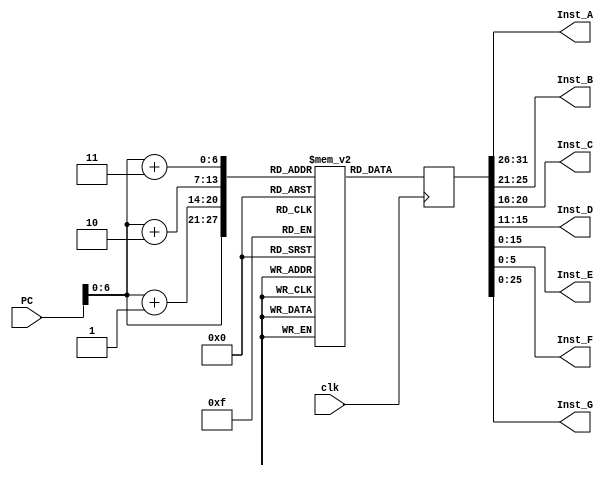
`timescale 1 ns / 1 ps 
  
module Instruction_memory (clk, PC, Inst_A, Inst_B, Inst_C, Inst_D, Inst_E, Inst_F, Inst_G);	 
	 
input clk; 
input[31:0] PC;		  
 
output[5:0] Inst_A; 
output[4:0] Inst_B, Inst_C, Inst_D; 
output[15:0] Inst_E; 
output[5:0] Inst_F; 
output [25:0] Inst_G; 
 
 
 
reg [7:0] Inst_Mem[0:100];			 
 
initial begin 		   
	 
	Inst_Mem[0]=8'b10001100;  			   // lw $5, 0($1) 
	Inst_Mem[1]=8'b00100101; 
	Inst_Mem[2]=8'b0; 
	Inst_Mem[3]=8'b0; 
	 
	Inst_Mem[4]=8'b10001100;			 	// lw $6, 4($1) 
	Inst_Mem[5]=8'b00100110; 
	Inst_Mem[6]=8'b0; 
	Inst_Mem[7]=8'b00000100;	    
	 
	Inst_Mem[8]=8'b10001100;				// lw $7, 0($3) 
	Inst_Mem[9]=8'b01100111; 
	Inst_Mem[10]=8'b0; 
	Inst_Mem[11]=8'b0; 
	 
	Inst_Mem[12]=8'b10001100;              	// lw $8, 4($3) 
	Inst_Mem[13]=8'b01101000; 
	Inst_Mem[14]=8'b0; 
	Inst_Mem[15]=8'b00000100; 
	 
	Inst_Mem[16]=8'b0;							 // add $9, $5, $6 
	Inst_Mem[17]=8'b10100110; 
	Inst_Mem[18]=8'b01001000; 
	Inst_Mem[19]=8'b00100000; 
	 
	Inst_Mem[20]=8'b00000001;				// sub $10, $8, $7 
	Inst_Mem[21]=8'b00000111; 
	Inst_Mem[22]=8'b01010000; 
	Inst_Mem[23]=8'b00100010; 
	 
	Inst_Mem[24]=8'b10101100;				// sw $9, 4($4) 
	Inst_Mem[25]=8'b10001001; 
	Inst_Mem[26]=8'b0; 
	Inst_Mem[27]=8'b00000100; 
	 
	Inst_Mem[28]=8'b10101100;			   // sw $10, 8($4) 
	Inst_Mem[29]=8'b10001010; 
	Inst_Mem[30]=8'b0; 
	Inst_Mem[31]=8'b00001000;	 
	 
	Inst_Mem[32]=8'b0;						   // mult $11, $2, $3 
	Inst_Mem[33]=8'b01000011; 
	Inst_Mem[34]=8'b01011000; 
	Inst_Mem[35]=8'b00011000;	 
	 
	Inst_Mem[36]=8'b0;						   // div $12, $3, $2 
	Inst_Mem[37]=8'b01100010; 
	Inst_Mem[38]=8'b01100000; 
	Inst_Mem[39]=8'b00011010;				   
	 
	Inst_Mem[40]=8'b0;			  			  // and $13, $3, $4 
	Inst_Mem[41]=8'b01100100; 
	Inst_Mem[42]=8'b01101000; 
	Inst_Mem[43]=8'b00100100;				 
	 
	Inst_Mem[44]=8'b0;			 			  // or $14, $2, $3 
	Inst_Mem[45]=8'b01000011; 
	Inst_Mem[46]=8'b01110000; 
	Inst_Mem[47]=8'b00100101;			 
	 
	Inst_Mem[48]=8'b0;						   // nor $15, $2, $3 
	Inst_Mem[49]=8'b01000011; 
	Inst_Mem[50]=8'b01111000; 
	Inst_Mem[51]=8'b00100111;				   
	 
	Inst_Mem[52]=8'b0;						   // slt $16, $2, $3 
	Inst_Mem[53]=8'b01000011; 
	Inst_Mem[54]=8'b10000000; 
	Inst_Mem[55]=8'b00101010;		    
	 
	Inst_Mem[56]=8'b00000001;			  			 //  add $17, $8, $8 
	Inst_Mem[57]=8'b00001000; 
	Inst_Mem[58]=8'b10001000; 
	Inst_Mem[59]=8'b00100000;			 
	 
	Inst_Mem[60]=8'b00000010;			   // add $17, $17, $6 
	Inst_Mem[61]=8'b00100110; 
	Inst_Mem[62]=8'b10001000; 
	Inst_Mem[63]=8'b00100000;		   
	 
	Inst_Mem[64]=8'b00000000;			   // div $2, $5, $5 
	Inst_Mem[65]=8'b10100101; 
	Inst_Mem[66]=8'b00010000; 
	Inst_Mem[67]=8'b00011010;			    
	 
	Inst_Mem[68]=8'b00000000;			   // add $1, $1, $2 
	Inst_Mem[69]=8'b00100010; 
	Inst_Mem[70]=8'b00001000; 
	Inst_Mem[71]=8'b00100000;				 
	 
	Inst_Mem[72]=8'b00000010;			   // add $18, $18, $1 
	Inst_Mem[73]=8'b01000001; 
	Inst_Mem[74]=8'b10010000; 
	Inst_Mem[75]=8'b00100000;	 
	 
	Inst_Mem[76]=8'b00010010;			   // beq $17, $1, 2 
	Inst_Mem[77]=8'b00100001; 
	Inst_Mem[78]=8'b00000000; 
	Inst_Mem[79]=8'b00000001;					  
	 
	Inst_Mem[80]=8'b00001000;			   // j 17 
	Inst_Mem[81]=8'b0; 
	Inst_Mem[82]=8'b0; 
	Inst_Mem[83]=8'b00010001;				   
	 
	Inst_Mem[84]=8'b10101100;			   // sw $18, 0($17) 
	Inst_Mem[85]=8'b00110010; 
	Inst_Mem[86]=8'b00000000; 
	Inst_Mem[87]=8'b00000000;	    
	 
	Inst_Mem[88]=8'b11111100;			   // exception : undefined instruction 
	Inst_Mem[89]=8'b0; 
	Inst_Mem[90]=8'b0; 
	Inst_Mem[91]=8'b0;	    
	 
	 
	 
	 
	 
end 
 
 
 
reg [31:0] temp;			   
 
 
always @(posedge clk) begin 			  // Fetching at rising edge 
	temp[31:24]=Inst_Mem[PC];	 
	temp[23:16]=Inst_Mem[PC+1];	 
	temp[15:8]=Inst_Mem[PC+2]; 
	temp[7:0]=Inst_Mem[PC+3]; 
end 
 
assign Inst_A=temp[31:26];	 	 // to control unit 
assign Inst_B=temp[25:21]; 	  
assign Inst_C=temp[20:16];  
assign Inst_D=temp[15:11];  
assign Inst_E=temp[15:0];   
assign Inst_F=temp[5:0];	 
assign Inst_G=temp[25:0]; 
 
 
 
endmodule